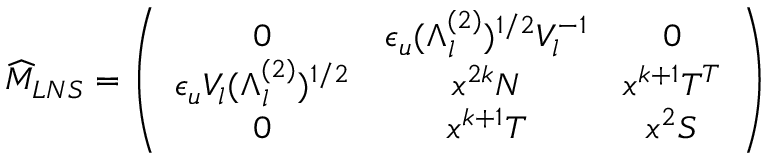
\widehat { M } _ { L N S } = \left( \begin{array} { c c c } { { 0 } } & { { \epsilon _ { u } ( \Lambda _ { l } ^ { ( 2 ) } ) ^ { 1 / 2 } { \cal V } _ { l } ^ { - 1 } } } & { { 0 } } \\ { { \epsilon _ { u } { \cal V } _ { l } ( \Lambda _ { l } ^ { ( 2 ) } ) ^ { 1 / 2 } } } & { { x ^ { 2 k } N } } & { { x ^ { k + 1 } T ^ { T } } } \\ { { 0 } } & { { x ^ { k + 1 } T } } & { { x ^ { 2 } S } } \end{array} \right)